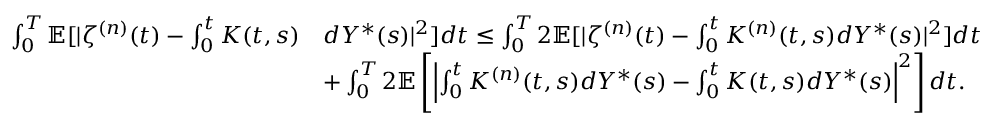
\begin{array} { r l } { \int _ { 0 } ^ { T } \mathbb { E } [ \vert \zeta ^ { ( n ) } ( t ) - \int _ { 0 } ^ { t } K ( t , s ) } & { d Y ^ { \ast } ( s ) \vert ^ { 2 } ] d t \le \int _ { 0 } ^ { T } 2 \mathbb { E } [ \vert \zeta ^ { ( n ) } ( t ) - \int _ { 0 } ^ { t } K ^ { ( n ) } ( t , s ) d Y ^ { \ast } ( s ) \vert ^ { 2 } ] d t } \\ & { + \int _ { 0 } ^ { T } 2 \mathbb { E } \left[ \left\vert \int _ { 0 } ^ { t } K ^ { ( n ) } ( t , s ) d Y ^ { \ast } ( s ) - \int _ { 0 } ^ { t } K ( t , s ) d Y ^ { \ast } ( s ) \right\vert ^ { 2 } \right] d t . } \end{array}